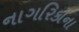
નાગરિકોના